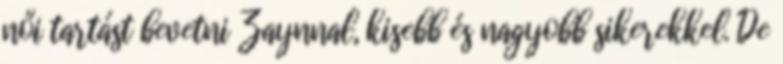
női tartást bevetni Zaynnal, kisebb és nagyobb sikerekkel. De